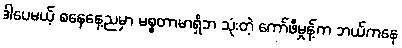
ဒါပေမယ့် စနေနေ့ညမှာ မစ္စတာမာရှိဘ သုံးတဲ့ ကော်ဖီမှုန့်က ဘယ်ကနေ